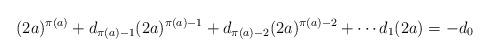
LaTeX: \begin{align*}(2a)^{\pi(a)} + d_{\pi(a) - 1}(2a)^{\pi(a) - 1} + d_{\pi(a) - 2}(2a)^{\pi(a) - 2} + \cdots d_1(2a) = -d_0\end{align*}